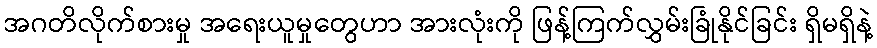
အဂတိလိုက်စားမှု အရေးယူမှုတွေဟာ အားလုံးကို ဖြန့်ကြက်လွှမ်းခြုံနိုင်ခြင်း ရှိမရှိနဲ့